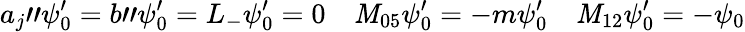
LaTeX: a_{j}"\psi_{0}^{\prime}=b"\psi_{0}^{\prime}=L_{-}\psi_{0}^{\prime}=0\quad\mathit{M}_{05}\psi_{0}^{\prime}=-m\psi_{0}^{\prime}\quad\mathit{M}_{12}\psi_{0}^{\prime}=-\psi_{0}